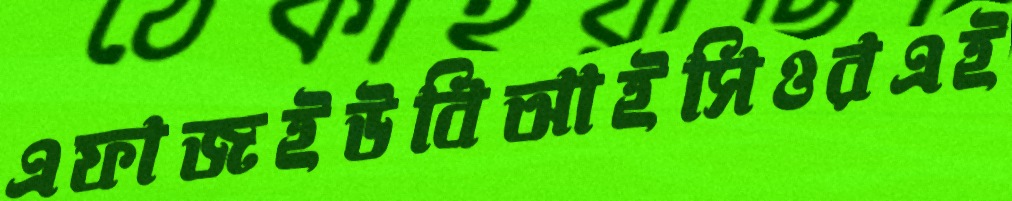
এফাজইউবিআইসিওরএই